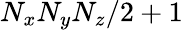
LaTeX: N_{x}N_{y}N_{z}/2+1